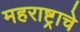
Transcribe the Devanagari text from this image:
महराष्ट्राचे